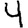
Digit: 4